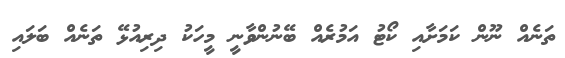
ތަނެއް ނޫން ކަމަށާއި ކޯޓު އަމުރެއް ބޭނުންވާނީ މީހަކު ދިރިއުޅޭ ތަނެއް ބަލައި